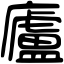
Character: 廬